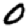
Digit: 0